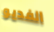
الفديو